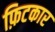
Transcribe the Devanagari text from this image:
फ़िटकार